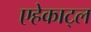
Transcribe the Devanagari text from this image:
एहेकाट्ल